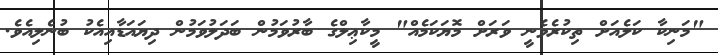
"މަނިކާ ކަލެއަށް ތިކުރެވެނީ ވަރަށް މޮޔަކަމެއް" މީކާޢިލްގެ ބާރުވަމުން ބަދަލުވަމުން ދިޔައަޑާއިއެކު ބުނެލިއެވެ.